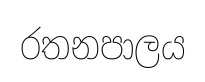
රතනපාලය